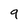
Character: 9